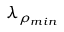
\lambda _ { \rho _ { m i n } }